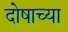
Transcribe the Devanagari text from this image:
दोषाच्या